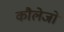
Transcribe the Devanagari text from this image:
कौलेजों